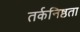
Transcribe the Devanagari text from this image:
तर्कनिष्ठता